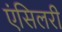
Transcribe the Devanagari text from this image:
एंसिलरी